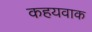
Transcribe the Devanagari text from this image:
कहयवाक